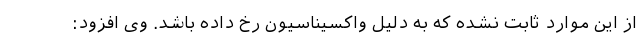
از این موارد ثابت نشده که به دلیل واکسیناسیون رخ داده باشد. وی افزود: